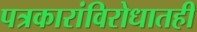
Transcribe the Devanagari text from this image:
पत्रकारांविरोधातही